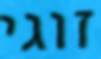
זוגי